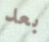
بعد